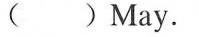
( )May.